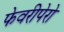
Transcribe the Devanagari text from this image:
फेवरीपेरो